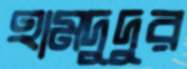
হামদুদুর